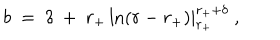
b ~ = ~ \delta ~ + ~ r _ { + } \ln ( r - r _ { + } ) | _ { r _ { + } } ^ { r _ { + } + \delta } ~ ,